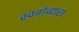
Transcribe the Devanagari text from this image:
स्वर्गव्दारा